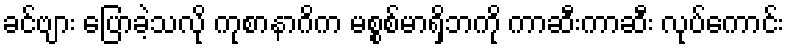
ခင်ဗျား ပြောခဲ့သလို ကုစာနာဂိက မစ္စစ်မာရှိဘကို ကာဆီးကာဆီး လုပ်ကောင်း